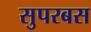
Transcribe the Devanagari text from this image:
सुपरबस